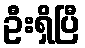
ဦးရှိပြီ